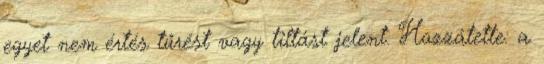
egyet nem értés tűrést vagy tiltást jelent. Hozzátette: a